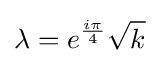
\lambda =e^{\frac {i\pi }{4}}{\sqrt {k}}